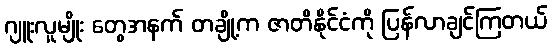
ဂျူးလူမျိုး တွေအနက် တချို့က ဇာတိနိုင်ငံကို ပြန်လာချင်ကြတယ်